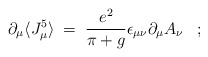
\begin{align*}\partial_\mu \langle J_\mu^5 \rangle \;=\; \frac{e^2}{\pi+g} \epsilon_{\mu\nu} \partial_{\mu} A_{\nu} \;\;\;;\end{align*}